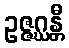
ဥဇ္ဇဂ္ဃန္တီ